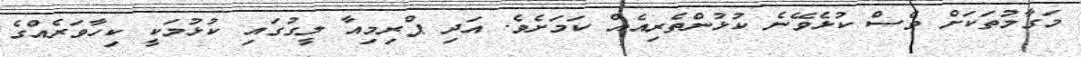
މަގާމުތަކަށް ވެސް ކުޅެވޭނެ ކުޅުންތެރިއެއް ކަމަށެވެ. އަދި ޕްރިމިއާ ލީގުގައި ކުޅުމަކީ ކިހާވަރެއްގެ